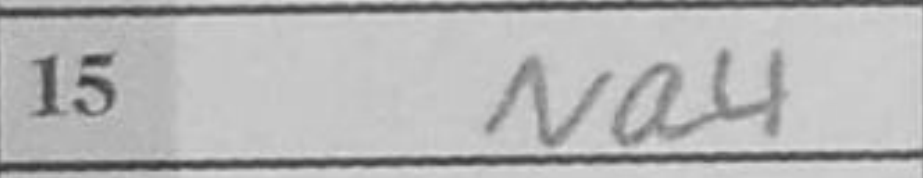
Transcription: Na4